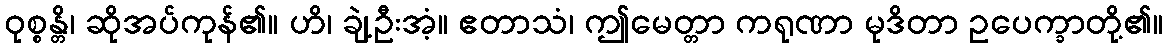
ဝုစ္စန္တိ၊ ဆိုအပ်ကုန်၏။ ဟိ၊ ချဲ့ဦးအံ့။ ဧတာသံ၊ ဤမေတ္တာ ကရုဏာ မုဒိတာ ဥပေက္ခာတို့၏။